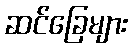
ဆင်ခြေများ